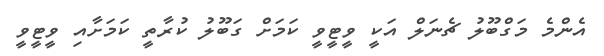
އެންމެ މަގްބޫލު ޗެނަލް އަކީ ވީޓީވީ ކަމަށް ގަބޫލު ކުރާތީ ކަމަށާއި ވީޓީވީ